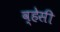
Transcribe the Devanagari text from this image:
व्हेसी